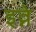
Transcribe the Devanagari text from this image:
इव्ने